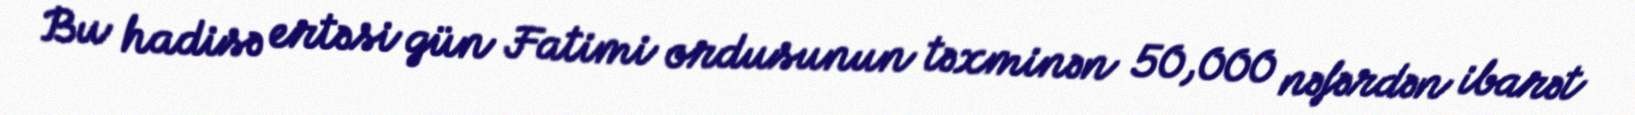
Bu hadisə ertəsi gün Fatimi ordusunun təxminən 50,000 nəfərdən ibarət